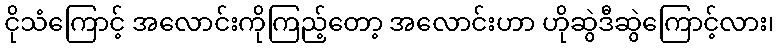
ငိုသံကြောင့် အလောင်းကိုကြည့်တော့ အလောင်းဟာ ဟိုဆွဲဒီဆွဲကြောင့်လား၊